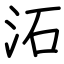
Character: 沰